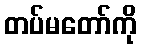
တပ်မတော်ကို